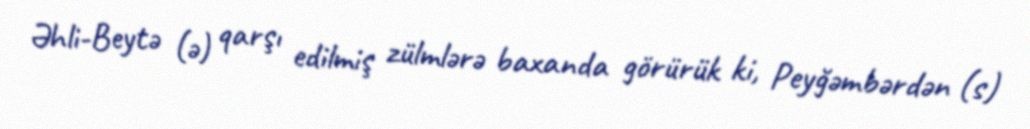
Əhli-Beytə (ə) qarşı edilmiş zülmlərə baxanda görürük ki, Peyğəmbərdən (s)